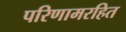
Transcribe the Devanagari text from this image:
परिणामरहित